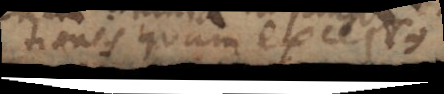
tiones quam excessus